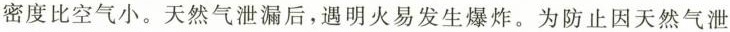
密度比空气小。天然气泄漏后，遇明火易发生爆炸。为防止因天然气泄